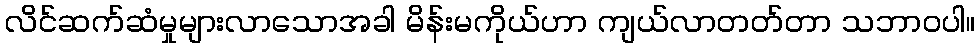
လိင်ဆက်ဆံမှုများလာသောအခါ မိန်းမကိုယ်ဟာ ကျယ်လာတတ်တာ သဘာဝပါ။